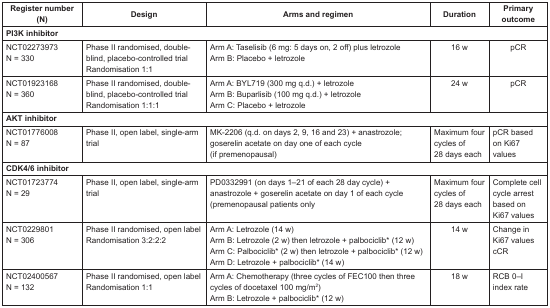
<table><thead><tr><td><b>Register number (N)</b></td><td><b>Design</b></td><td><b>Arms and regimen</b></td><td><b>Duration</b></td><td><b>Primary outcome</b></td></tr></thead><tbody><tr><td colspan="5"><b>PI3K inhibitor</b></td></tr><tr><td>NCT02273973N = 330</td><td>Phase II randomised, double-blind, placebo-controlled trialRandomisation 1:1</td><td>Arm A: Taselisib (6 mg: 5 days on, 2 off) plus letrozoleArm B: Placebo + letrozole</td><td>16 w</td><td>pCR</td></tr><tr><td>NCT01923168N = 360</td><td>Phase II randomised, double-blind, placebo-controlled trialRandomisation 1:1:1</td><td>Arm A: BYL719 (300 mg q.d.) + letrozoleArm B: Buparlisib (100 mg q.d.) + letrozoleArm C: Placebo + letrozole</td><td>24 w</td><td>pCR</td></tr><tr><td colspan="5"><b>AKT inhibitor</b></td></tr><tr><td>NCT01776008N = 87</td><td>Phase II, open label, single-arm trial</td><td>MK-2206 (q.d. on days 2, 9, 16 and 23) + anastrozole; goserelin acetate on day one of each cycle (if premenopausal)</td><td>Maximum four cycles of 28 days each</td><td>pCR based on Ki67 values</td></tr><tr><td colspan="5"><b>CDK4/6 inhibitor</b></td></tr><tr><td>NCT01723774N = 29</td><td>Phase II, open label, single-arm trial</td><td>PD0332991 (on days 1–21 of each 28 day cycle) + anastrozole + goserelin acetate on day 1 of each cycle (premenopausal patients only</td><td>Maximum four cycles of 28 days each</td><td>Complete cell cycle arrest based on Ki67 values</td></tr><tr><td>NCT0229801N = 306</td><td>Phase II randomised, open labelRandomisation 3:2:2:2</td><td>Arm A: Letrozole (14 w) Arm B: Letrozole (2 w) then letrozole + palbociclib<sup>*</sup> (12 w)Arm C: Palbociclib<sup>*</sup> (2 w) then letrozole + palbociclib<sup>*</sup> (12 w)Arm D: Letrozole + palbociclib<sup>*</sup> (14 w)</td><td>14 w</td><td>Change in Ki67 values cCR</td></tr><tr><td>NCT02400567N = 132</td><td>Phase II randomised, open labelRandomisation 1:1</td><td>Arm A: Chemotherapy (three cycles of FEC100 then three cycles of docetaxel 100 mg/m<sup>2</sup>) Arm B: Letrozole + palbociclib<sup>*</sup> (12 w)</td><td>18 w</td><td>RCB 0–I index rate</td></tr></tbody></table>